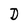
Character: D